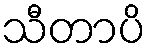
သီတာပိ